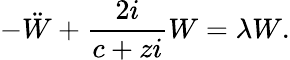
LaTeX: -\ddot{W}+\frac{2i}{c+zi}W=\lambda W.